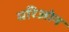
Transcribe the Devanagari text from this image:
मरिओन